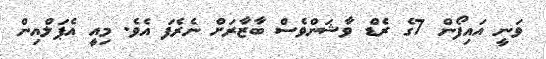
ވަނީ އައިފޯން 7ގެ ރެޑް ވާޝަންވެސް ބާޒާރަށް ނެރެފަ އެވެ. މިއީ އެޕަލްއިން